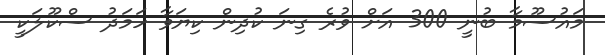
މައުސޫމާ ބުނީ 300 އަށް ވުރެ ގިނަ ކުދިން ކިޔަވާ ހަމަދު ސްކޫލަކީ